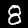
Label: 8